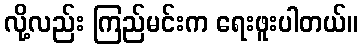
လို့လည်း ကြည်မင်းက ရေးဖူးပါတယ်။